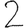
Digit: 2